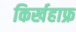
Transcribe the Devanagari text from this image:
किर्खहाफ्र